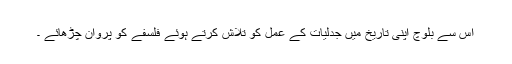
اس سے بلوچ اپنی تاریخ میں جدلیات کے عمل کو تلاش کرتے ہوئے فلسفے کو پروان چڑھائے ۔